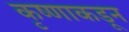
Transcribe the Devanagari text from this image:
कृष्णाकडून